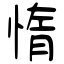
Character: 惰